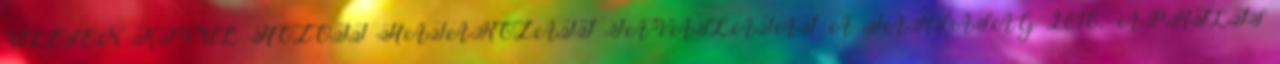
ÜLÉSEN KÍVÜL HOZOTT HATÁROZATI JAVASLATAI A TÁRSASÁG 2016. ÁPRILIS